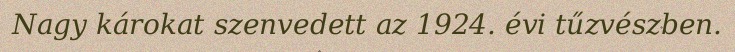
Nagy károkat szenvedett az 1924. évi tűzvészben.